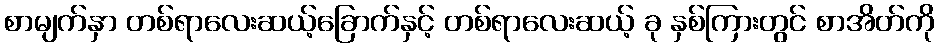
စာမျက်နှာ တစ်ရာလေးဆယ့်ခြောက်နှင့် တစ်ရာလေးဆယ့် ခု နှစ်ကြားတွင် စာအိတ်ကို